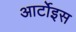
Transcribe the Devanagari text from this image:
आर्टोइस